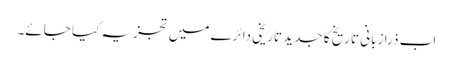
اب ذرا زبانی تاریخ کا جدید تاریخی دائرے میں تجزیہ کیا جائے۔